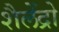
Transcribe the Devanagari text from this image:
शैलेंद्रो